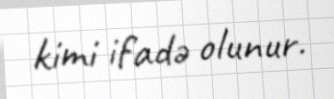
kimi ifadə olunur.